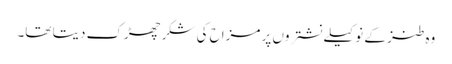
وہ طنز کے نوکیلے نشتروں پر مزاح کی شکر چھڑک دیتا تھا۔